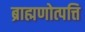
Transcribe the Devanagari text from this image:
ब्राह्मणोत्पत्ति